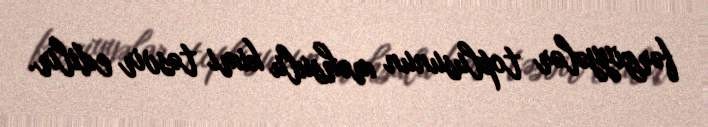
fərziyyələr toplusunun məhsulu kimi təsvir edilir.